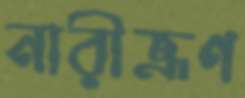
নারীভ্রূণ